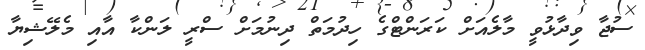
ސުޖާ ވިދާޅުވީ މާލެއަށް ކަރަންޓްގެ ހިދުމަތް ދިނުމަށް ސްރީ ލަންކާ އާއި މެލޭޝިޔާ